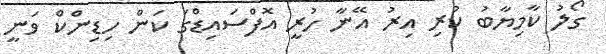
ގޯލު ކާމިޔާބު ކުރި އިރު އޭނާ ހުރީ އޮފްސައިޑްގަ ކަން ހިޑިންކް ވަނީ